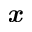
\textbf { \em x }